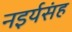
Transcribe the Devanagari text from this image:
नइर्यसंह